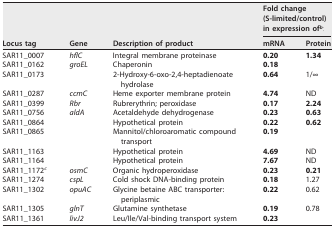
<table><thead><tr><td rowspan="2"><b>Locus tag</b></td><td rowspan="2"><b>Gene</b></td><td rowspan="2"><b>Description of product</b></td><td colspan="2"><b>Fold change (S-limited/control) in expression of<sup>b</sup>:</b></td></tr><tr><td><b>mRNA</b></td><td><b>Protein</b></td></tr></thead><tbody><tr><td>SAR11_0007</td><td><i>hflC</i></td><td>Integral membrane proteinase</td><td><b>0.20</b></td><td><b>1.34</b></td></tr><tr><td>SAR11_0162</td><td><i>groEL</i></td><td>Chaperonin</td><td><b>0.18</b></td><td></td></tr><tr><td>SAR11_0173</td><td></td><td>2-Hydroxy-6-oxo-2,4-heptadienoate hydrolase</td><td><b>0.64</b></td><td>1/∞</td></tr><tr><td>SAR11_0287</td><td><i>ccmC</i></td><td>Heme exporter membrane protein</td><td><b>4.74</b></td><td>ND</td></tr><tr><td>SAR11_0399</td><td><i>Rbr</i></td><td>Rubrerythrin; peroxidase</td><td><b>0.17</b></td><td><b>2.24</b></td></tr><tr><td>SAR11_0756</td><td><i>aldA</i></td><td>Acetaldehyde dehydrogenase</td><td><b>0.23</b></td><td><b>0.63</b></td></tr><tr><td>SAR11_0864</td><td></td><td>Hypothetical protein</td><td><b>0.22</b></td><td><b>0.62</b></td></tr><tr><td>SAR11_0865</td><td></td><td>Mannitol/chloroaromatic compound transport</td><td><b>0.19</b></td><td></td></tr><tr><td>SAR11_1163</td><td></td><td>Hypothetical protein</td><td><b>4.69</b></td><td>ND</td></tr><tr><td>SAR11_1164</td><td></td><td>Hypothetical protein</td><td><b>7.67</b></td><td>ND</td></tr><tr><td>SAR11_1172<sup>c</sup></td><td><i>osmC</i></td><td>Organic hydroperoxidase</td><td><b>0.23</b></td><td><b>0.21</b></td></tr><tr><td>SAR11_1274</td><td><i>cspL</i></td><td>Cold shock DNA-binding protein</td><td><b>0.18</b></td><td>1.27</td></tr><tr><td>SAR11_1302</td><td><i>opuAC</i></td><td>Glycine betaine ABC transporter: periplasmic</td><td><b>0.22</b></td><td>0.62</td></tr><tr><td>SAR11_1305</td><td><i>glnT</i></td><td>Glutamine synthetase</td><td><b>0.19</b></td><td>0.78</td></tr><tr><td>SAR11_1361</td><td><i>livJ2</i></td><td>Leu/Ile/Val-binding transport system</td><td><b>0.23</b></td><td></td></tr></tbody></table>